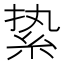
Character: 絷